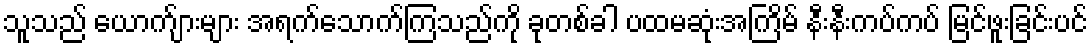
သူသည် ယောက်ျားများ အရက်သောက်ကြသည်ကို ခုတစ်ခါ ပထမဆုံးအကြိမ် နီးနီးကပ်ကပ် မြင်ဖူးခြင်းပင်